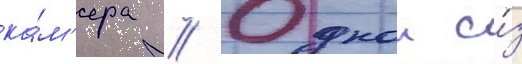
ка́м'ера // Однои и́з